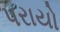
પરાયો